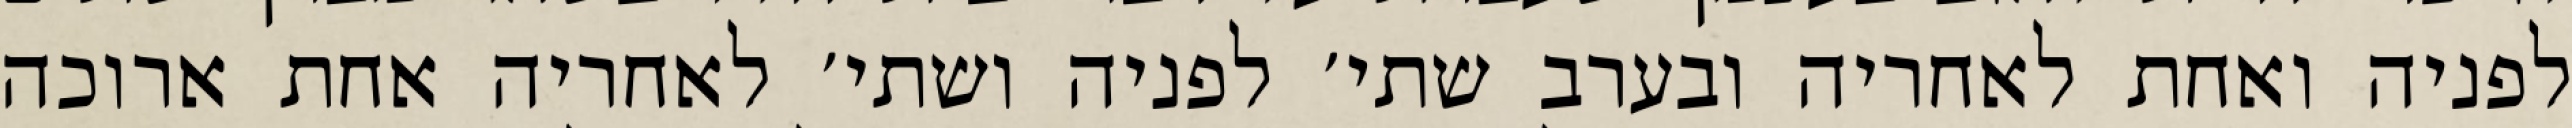
לפניה ואחת לאחריה ובערב שתי׳ לפניה ושתי׳ לאחריה אחת ארוכה